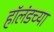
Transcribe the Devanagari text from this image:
हॉलंडच्या